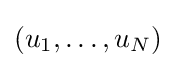
(u_{1},\dots ,u_{N})